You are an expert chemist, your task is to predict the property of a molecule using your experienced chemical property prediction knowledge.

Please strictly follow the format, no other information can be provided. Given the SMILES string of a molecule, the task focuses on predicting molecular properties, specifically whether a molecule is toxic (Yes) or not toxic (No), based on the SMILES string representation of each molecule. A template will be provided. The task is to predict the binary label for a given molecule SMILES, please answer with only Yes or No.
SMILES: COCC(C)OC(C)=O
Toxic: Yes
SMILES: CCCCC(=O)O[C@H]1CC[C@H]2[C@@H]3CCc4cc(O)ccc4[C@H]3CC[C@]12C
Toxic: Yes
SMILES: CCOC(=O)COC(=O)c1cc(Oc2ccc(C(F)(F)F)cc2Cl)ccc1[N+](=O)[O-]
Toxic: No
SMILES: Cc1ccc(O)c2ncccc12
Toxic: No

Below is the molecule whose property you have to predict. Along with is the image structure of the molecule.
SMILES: C=CCCC=C
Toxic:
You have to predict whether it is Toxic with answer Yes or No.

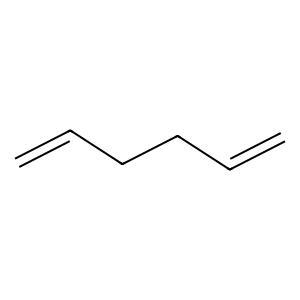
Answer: No